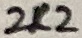
Text: 2K2